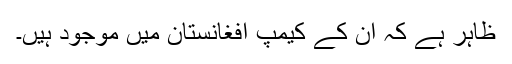
ظاہر ہے کہ ان کے کیمپ افغانستان میں موجود ہیں۔